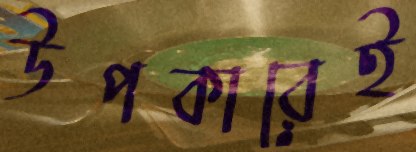
উপকারেই